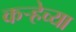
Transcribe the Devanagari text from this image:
कऱ्हेच्या